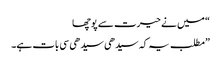
“ میں نے حیرت سے پوچھا
”مطلب یہ کہ سیدھی سیدھی سی بات ہے۔